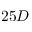
2 5 D